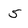
Character: 5